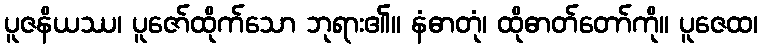
ပူဇနိယဿ၊ ပူဇော်ထိုက်သော ဘုရား၏။ နံဓာတုံ၊ ထိုဓာတ်တော်ကို။ ပူဇေထ၊